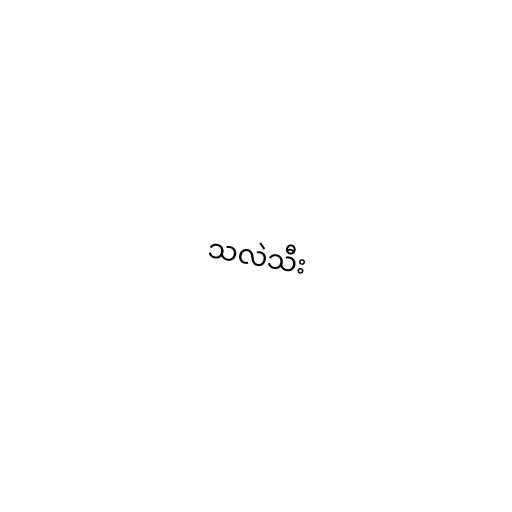
သလဲသီး